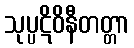
သုပ္ပဋိဝိနီတတ္တာ